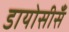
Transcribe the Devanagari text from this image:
डायोसीसँ